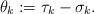
LaTeX: \begin{align*}\theta_k:=\tau_k-\sigma_k.\end{align*}